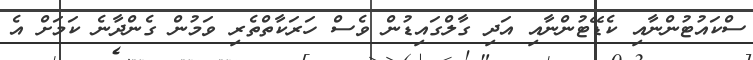
ސްކައުޓުންނާއި ކެޑޭޓުންނާއި އަދި ގާލްގައިޑުން ވެސް ހަރަކާތްތެރި ވަމުން ގެންދާނެ ކަމަށް އެ